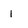
Character: 1